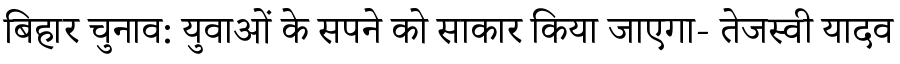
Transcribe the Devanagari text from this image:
बिहार चुनाव: युवाओं के सपने को साकार किया जाएगा- तेजस्वी यादव